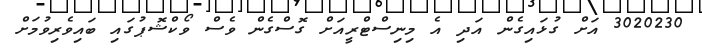
3020230 އަށް ގުޅައިގެން އަދި އެ މިނިސްޓްރީއަށް ގޮސްގެން ވެސް ވޯކްޝޮޕުގައި ބައިވެރިވުމަށް